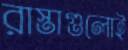
রাস্তাগুলোই